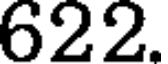
622.